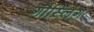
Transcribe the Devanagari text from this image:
गौस्लिंग